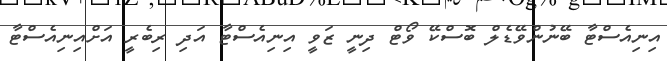
އިނިއެސްޓާ ބޭނުންވޭޑެލް ބޮސްކޭ ވޯޓް ދިނީ ޒަވީ އިނިއެސްޓާ އަދި ރިބެރީ އަށްއިނިއެސްޓާ